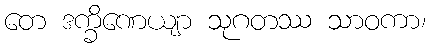
တေ ဒက္ခိဏေယျာ သုဂတဿ သာဝကာ၊